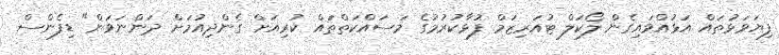
ފިޔަވަޅުތައް އަޅުއްވައިގެން ލޯކަލް ޓުއަރިޒަމް ފުޅާކުރުމުގެ މަސައްކަތްތައް ކުރިއަށް ގެންދިއުމަށް ދަންނަވަން" ޑިފެންސް